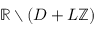
\mathbb { R } \setminus \left( D + L \mathbb { Z } \right)